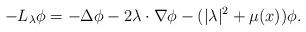
LaTeX: \begin{align*} -L_\lambda\phi=-\Delta\phi -2\lambda \cdot\nabla\phi - (|\lambda |^2 +\mu(x))\phi.\end{align*}